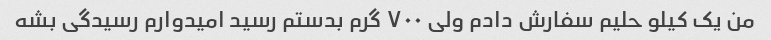
من یک کیلو حلیم سفارش دادم ولی ٧٠٠ گرم بدستم رسید امیدوارم رسیدگی بشه